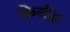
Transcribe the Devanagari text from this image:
किमीहः